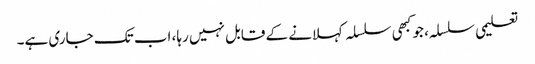
تعلیمی سلسلہ، جو کبھی سلسلہ کہلانے کے قابل نہیں رہا، اب تک جاری ہے۔